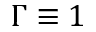
\Gamma \equiv 1